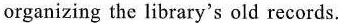
organizing the library's old records.